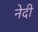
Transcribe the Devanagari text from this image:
नेदी